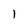
Character: I